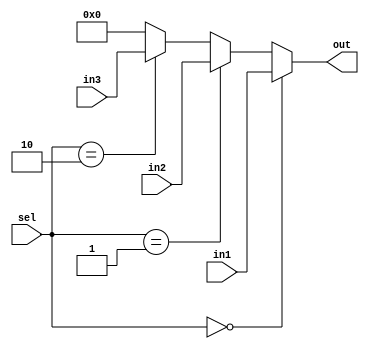
module Mux3To1  #(parameter WIDTH=32)(in1, in2, in3, sel, out);
    input [WIDTH - 1 : 0] in1;
    input [WIDTH - 1 : 0] in2;
    input [WIDTH - 1 : 0] in3;
    input [1:0] sel;
    output reg [WIDTH - 1 : 0] out;

    always @(*) begin
        out = {WIDTH{1'b0}};
        if (sel == 2'b00)
            out = in1;
        else if (sel == 2'b01)
            out = in2;
        else if (sel == 2'b10)
            out = in3;
    end

endmodule